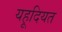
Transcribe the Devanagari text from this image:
यहूदियत